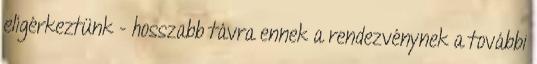
elígérkeztünk - hosszabb távra ennek a rendezvénynek a további